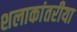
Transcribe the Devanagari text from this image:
शलाकांतरीया